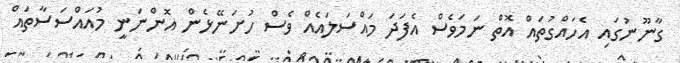
ގާނޫނުގައި އެހައްގުތައް އޮތް ނަމަވެސް އެފަދަ މައްސަލައެއް ވެސް ހުށަނޭޅެން އޮންނަނީ މުއައްސަސާތައް